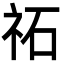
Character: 祏